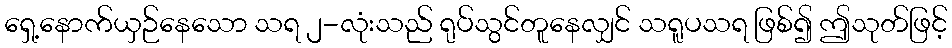
ရှေ့နောက်ယှဉ်နေသော သရ ၂-လုံးသည် ရုပ်သွင်တူနေလျှင် သရူပသရ ဖြစ်၍ ဤသုတ်ဖြင့်